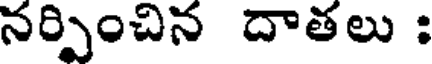
నర్పించిన దాతలు :